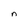
Character: n